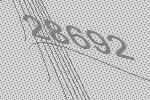
28692